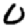
Digit: 0